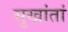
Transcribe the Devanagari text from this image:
सुखांतां